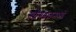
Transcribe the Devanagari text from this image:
स्कॅण्डलमध्ये